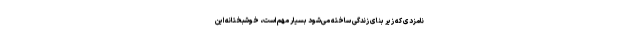
نامزدی که زیر بنای زندگی ساخته می‌شود بسیار مهم است، خوشبختانه این